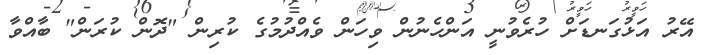
އޭރު އަޅުގަނޑަށް ހުރެވުނީ އަންހެނުން ވިހަން ވެއްދުމުގެ ކުރިން "ދޮން ކުރަން" ބާއްވާ